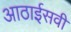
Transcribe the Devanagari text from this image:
आठाईसवीं